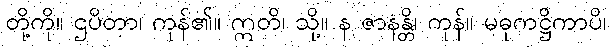
တို့ကို။ ဌပိတာ၊ ကုန်၏။ ဣတိ၊ သို့။ န ဇာနန္တိ၊ ကုန်။ မဓုကဋ္ဌိကာပိ၊